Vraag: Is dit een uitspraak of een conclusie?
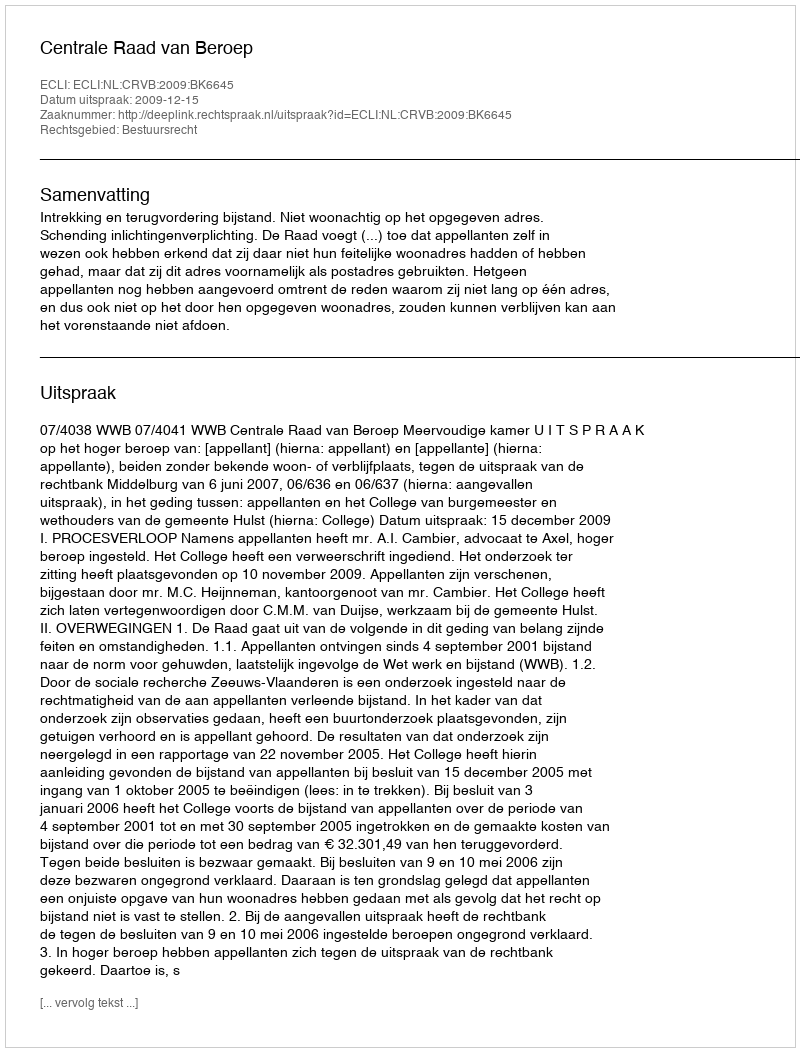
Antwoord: Uitspraak